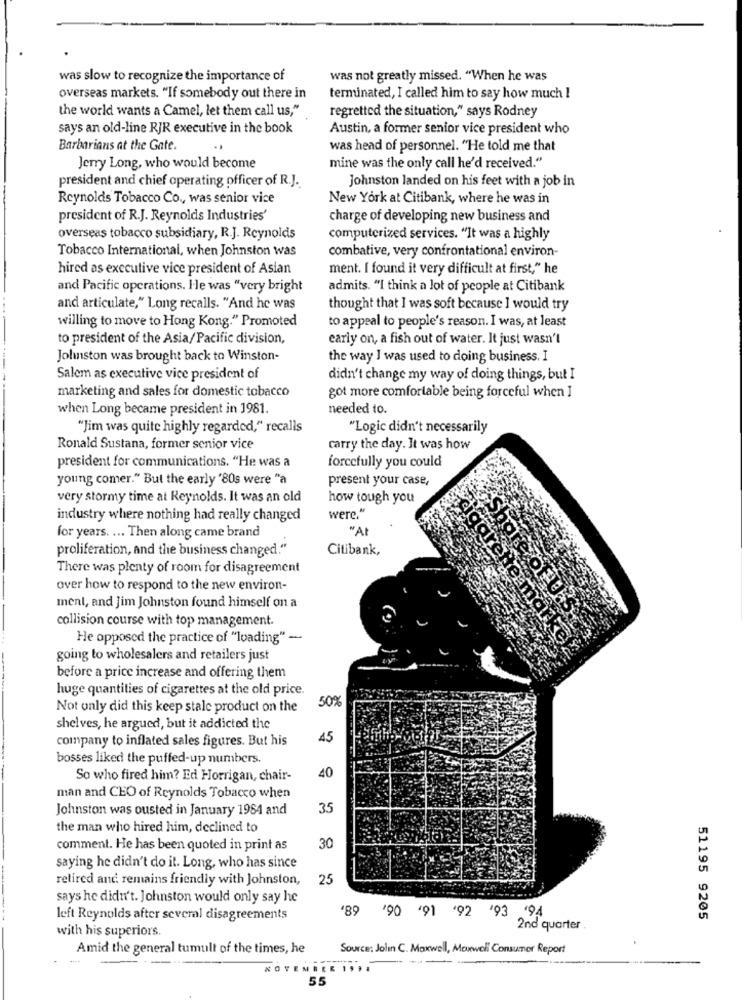
was slow to recognize the importance of
was not greatly missed. "When he was
overseas markets. "If somebody out there in
terminated, I called him to say how much !
the world wants a Camel, let them call us,"
regretted the situation," says Rodney
says an old-line RJR executive in the book
Austin, a former senior vice president who
Barbarians at the Gate.
was head of personnel. "He told me that
Jerry Long, who would become
mine was the only call he'd received."
president and chief operating officer of R.J.
johnston landed on his feet with a job in
Reynolds Tobacco Co ., was senior vice
New York at Citibank, where he was in
president of R.J. Reynolds Industries'
charge of developing new business and
overseas tobacco subsidiary, R.J. Reynolds
computerized services. "It was a highly
Tobacco International, when Johnston was
combative, very confrontational environ-
hired as executive vice president of Asian
ment. I found it very difficult at first," he
and Pacific operations. He was "very bright
admits. "I think a lot of people at Citibank
and articulate," Long recalls. "And he was
thought that I was soft because I would try
willing to move to Hong Kong." Promoted
to appeal to people's reason. I was, at least
to president of the Asia/Pacific division,
early on, a fish out of water. It just wasn't
Johnston was brought back to Winston-
the way I was used to doing business. I
Salem as executive vice president of
didn't change my way of doing things, but I
marketing and sales for domestic tobacco
got more comfortable being forceful when I
when Long became president in 1981.
needed to.
"Jim was quite highly regarded," recalls
"Logic didn't necessarily
Ronald Sustana, former senior vice
carry the day. It was how
forcefully you could
president for communications. "He was a
young comer." But the early '80s were "a
present your case,
very stormy time at Reynolds. It was an old
how tough you
were."
industry where nothing had really changed
"At
for years. ... Then along came brand
proliferation, and the business changed."
Citibank,
There was plenty of room for disagreement
over how to respond to the new environ-
ment, and Jim Johnston found himself on a
collision course with top management.
Share of U.s.
He opposed the practice of "loading" -
cigarette market
going to wholesalers and retailers just
before a price increase and offering them
huge quantities of cigarettes at the old price.
50%
Not only did this keep stale product on the
shelves, he argued, but it addicted the
45
company to inflated sales figures. But his
bosses liked the puffed-up numbers.
So who fired him? Ed Horrigan, chair-
40
man and CEO of Reynolds Tobacco when
Johnston was ousted in January 1984 and
35
the man who hired him, declined to
comment. He has been quoted in print as
30
saying he didn't do it. Long, who has since
retired and remains friendly with Johnston,
25
says he didn't. Johnston would only say he
left Reynolds after several disagreements
'89 '90 '91 '92 '93 '94
51195 9205
2nd quarter .
with his superiors.
Amid the general tumult of the times, he
Source: Jolin C. Maxwell, Moxwell Consumer Report
NOVEMBER 1
55